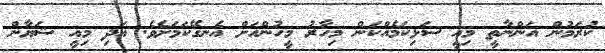
ކުރަމުން އަންނާތީ މިއީ ސަޅިކަމެއްކަން މިހާރު މީހުންއަށް އެނގޭކަމަށެވެ. އަދި މިއީ ޝަޔާން